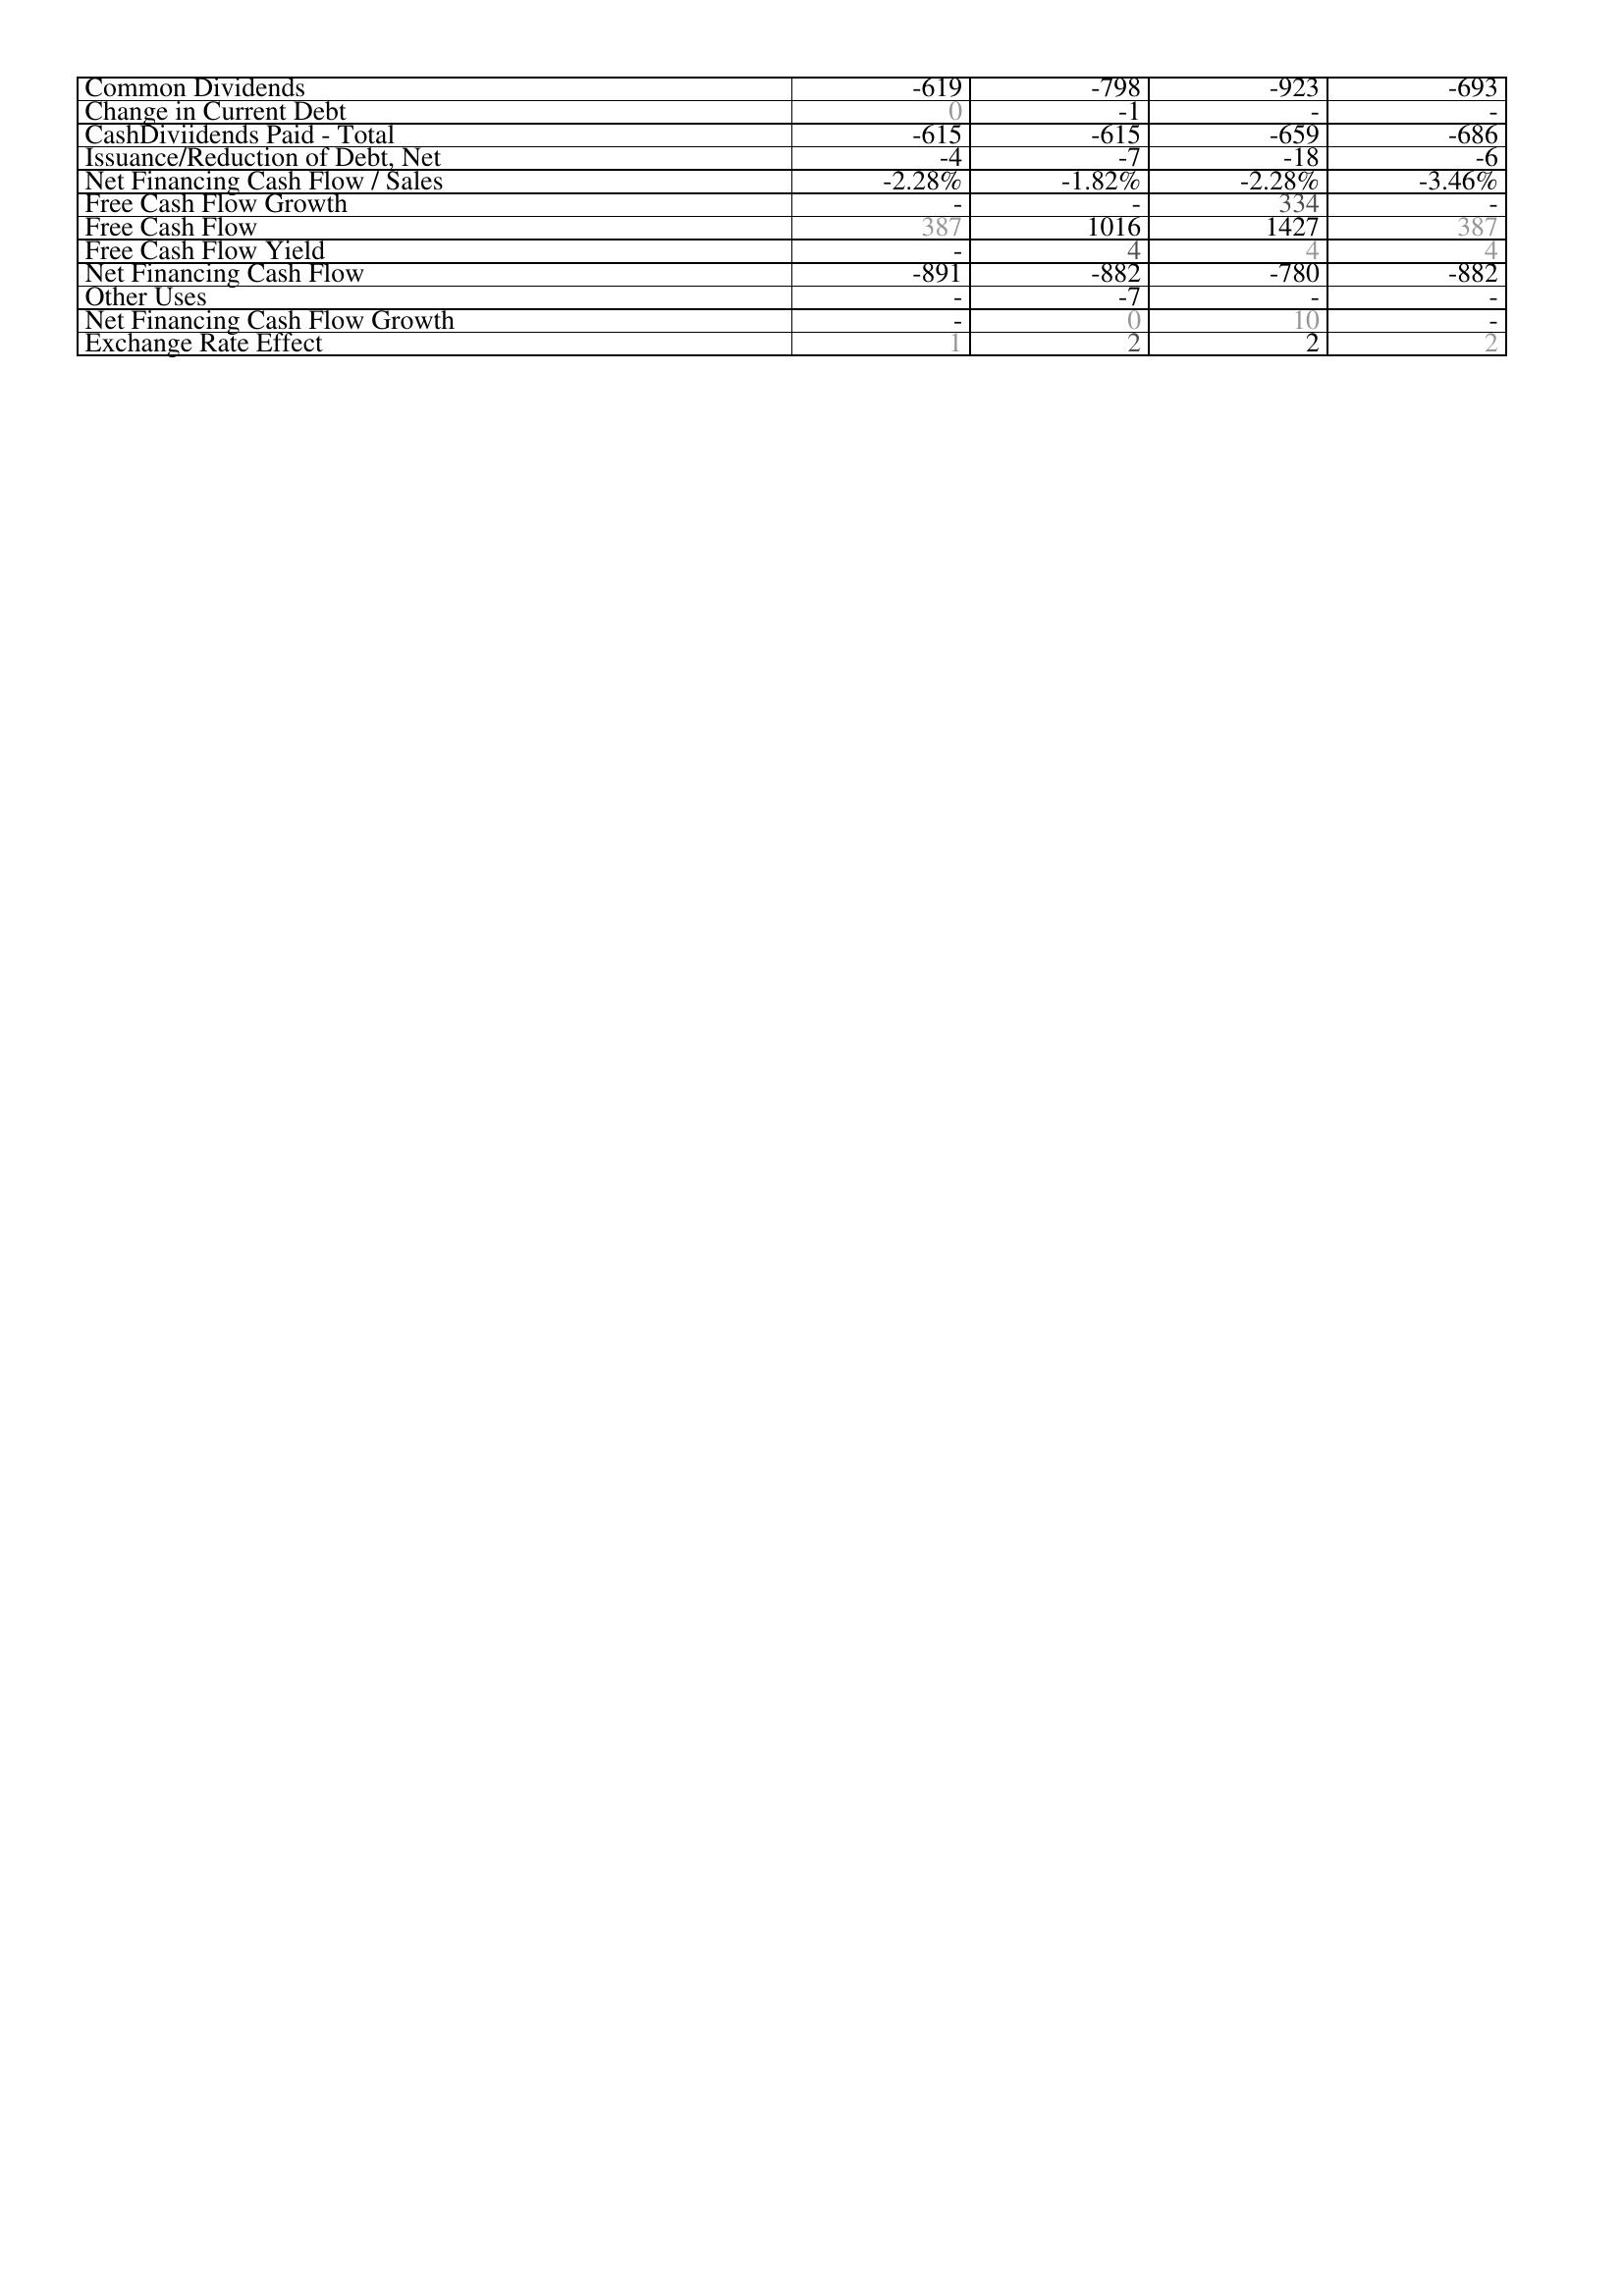
2009: Financing Activities: Common Dividends: -619
Change in Current Debt: 0
CashDiviidends Paid - Total: -615
Issuance/Reduction of Debt, Net: -4
Net Financing Cash Flow / Sales: -2.28%
Free Cash Flow Growth: -
Free Cash Flow: 387
Free Cash Flow Yield: -
Net Financing Cash Flow: -891
Other Uses: -
Net Financing Cash Flow Growth: -
Exchange Rate Effect: 1
2008: Financing Activities: Common Dividends: -798
Change in Current Debt: -1
CashDiviidends Paid - Total: -615
Issuance/Reduction of Debt, Net: -7
Net Financing Cash Flow / Sales: -1.82%
Free Cash Flow Growth: -
Free Cash Flow: 1016
Free Cash Flow Yield: 4
Net Financing Cash Flow: -882
Other Uses: -7
Net Financing Cash Flow Growth: 0
Exchange Rate Effect: 2
2007: Financing Activities: Common Dividends: -923
Change in Current Debt: -
CashDiviidends Paid - Total: -659
Issuance/Reduction of Debt, Net: -18
Net Financing Cash Flow / Sales: -2.28%
Free Cash Flow Growth: 334
Free Cash Flow: 1427
Free Cash Flow Yield: 4
Net Financing Cash Flow: -780
Other Uses: -
Net Financing Cash Flow Growth: 10
Exchange Rate Effect: 2
2006: Financing Activities: Common Dividends: -693
Change in Current Debt: -
CashDiviidends Paid - Total: -686
Issuance/Reduction of Debt, Net: -6
Net Financing Cash Flow / Sales: -3.46%
Free Cash Flow Growth: -
Free Cash Flow: 387
Free Cash Flow Yield: 4
Net Financing Cash Flow: -882
Other Uses: -
Net Financing Cash Flow Growth: -
Exchange Rate Effect: 2